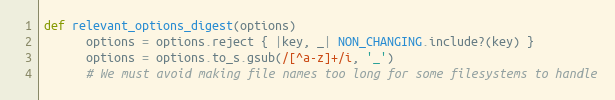
Language: Ruby
def relevant_options_digest(options)
      options = options.reject { |key, _| NON_CHANGING.include?(key) }
      options = options.to_s.gsub(/[^a-z]+/i, '_')
      # We must avoid making file names too long for some filesystems to handle